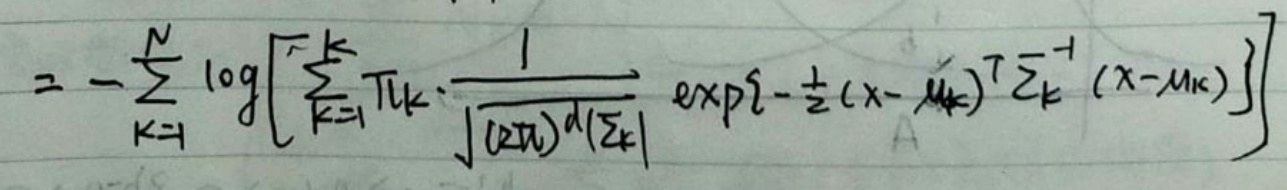
\[
2 - \sum_{k = 1}^{N} \log\left[\sum_{l = 1}^{k} \pi_{lk} \cdot \frac{1}{\sqrt{(2\pi)^{d}\left|\Sigma_{l}\right|}} \exp\left\{-\frac{1}{2}(x - \mu_{k})^T\Sigma_{l}^{-1}(x - \mu_{k})\right\}\right]
\]